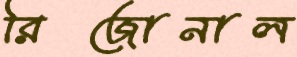
রিজোনাল